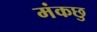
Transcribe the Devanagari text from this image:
मंकछु